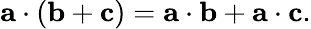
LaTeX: \mathbf{a}\cdot(\mathbf{b}+\mathbf{c})=\mathbf{a}\cdot\mathbf{b}+\mathbf{a}\cdot\mathbf{c}.